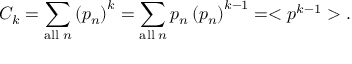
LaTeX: C _ { k } = \sum _ { \mathrm { a l l } \; n } \left( p _ { n } \right) ^ { k } = \sum _ { \mathrm { a l l } \; n } p _ { n } \left( p _ { n } \right) ^ { k - 1 } = < p ^ { k - 1 } > .